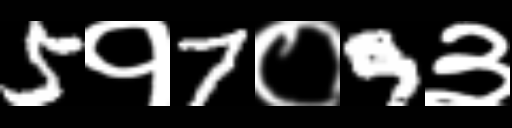
Text: 5१7०9३